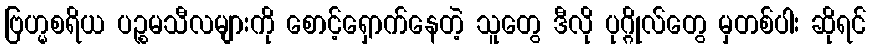
ဗြဟ္မစရိယ ပဉ္စမသီလများကို စောင့်ရှောက်နေတဲ့ သူတွေ ဒီလို ပုဂ္ဂိုလ်တွေ မှတစ်ပါး ဆိုရင်